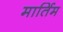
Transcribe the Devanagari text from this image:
मार्तिम